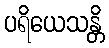
ပရိယေသန္တိ